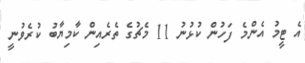
އެ ޓީމު އެންމެ ފަހުން ކުޅުނު 11 މެޗުގެ ތެރެއިން ކާމިޔާބު ކުރެވުނީ